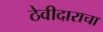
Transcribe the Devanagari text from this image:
ठेवीदाराचा